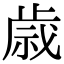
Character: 𫞓